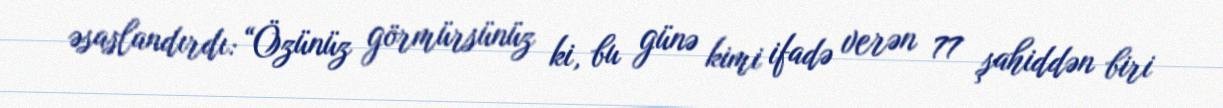
əsaslandırdı: “Özünüz görmürsünüz ki, bu günə kimi ifadə verən 77 şahiddən biri